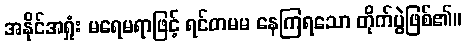
အနိုင်အရှုံး မရေမရာဖြင့် ရင်တမမ နေကြရသော တိုက်ပွဲဖြစ်၏။